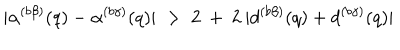
| \alpha ^ { ( b \beta ) } ( q ) - \alpha ^ { ( b \gamma ) } ( q ) | \; > \; 2 \: + \: 2 \: | d ^ { ( b \beta ) } ( q ) + d ^ { ( b \gamma ) } ( q ) |